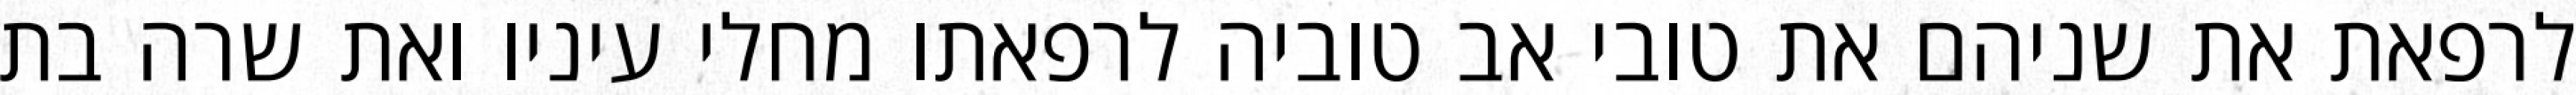
לרפאת את שניהם את טובי אב טוביה לרפאתו מחלי עיניו ואת שרה בת